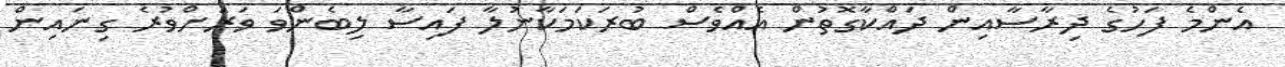
އެންމެ ފަހުގެ ދިރާސާއިން ދައްކާގޮތުން އެއްވެސް ބުރަކަމަކާނުލާ ފައިސާ ލިބެންވަ ވަރަށްވުރެ ގިނައިން